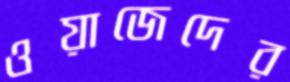
ওয়াজেদের